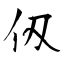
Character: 仭